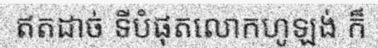
ឥតដាច់ ទីបំផុតលោកហូឡង់ ក៏